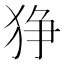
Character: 狰